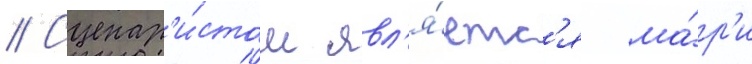
// Сценар'и́стом явл'я́етс'я ма́р'и